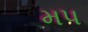
મપ